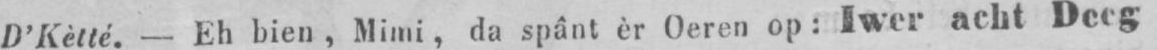
D’Kètté. - Eh bien, Mimi, da spânt èr Oeren op: Iwer acht Deeg